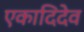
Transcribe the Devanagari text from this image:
एकादिदेव